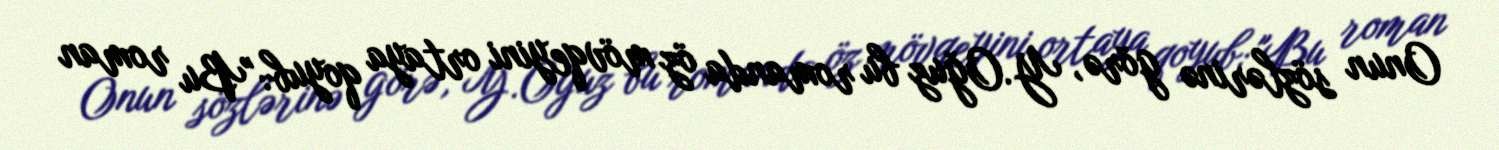
Onun sözlərinə görə, Y.Oğuz bu romanda öz mövqeyini ortaya qoyub: "Bu roman